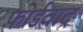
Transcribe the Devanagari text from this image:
फ़ोर्डवाद